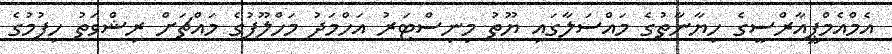
އެމްއެމްޕީއާރްސީގެ ހިޔާނާތުގެ މައްސަލާގައި ޔޫތު މިނިސްޓަރު އަހްމަދު މަހްލޫފުގެ މައްޗަށް ރިޝްވަތު ހިފުމުގެ